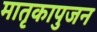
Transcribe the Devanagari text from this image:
मातृकापुजन